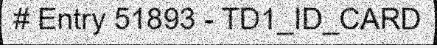
# Entry 51893 - TD1_ID_CARD